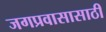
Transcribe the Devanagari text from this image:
जगप्रवासासाठी